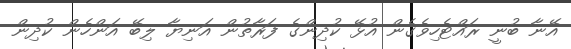
އޭނާ ބުނީ ރައްޓެހިވެގެން އުޅޭ ކުދިންގެ ފަރާތުން އަނިޔާ ލިބޭ އަންހެން ކުދިން